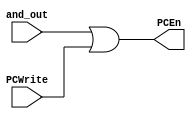
`timescale 1ns / 1ps

module or_gate
(
    input and_out,
    input PCWrite,
    output PCEn
);
    
    assign PCEn = and_out | PCWrite; 
    
endmodule